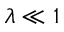
\lambda \ll 1